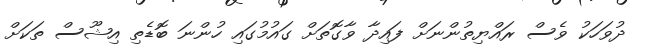
ދުވަހަކު ވެސް ރައްޔިތުންނަށް ފައިދާ ވާގޮތަށް ގައުމުގައި ހުންނަ ބޮޑެތި އިޝޫސް ތަކަށް